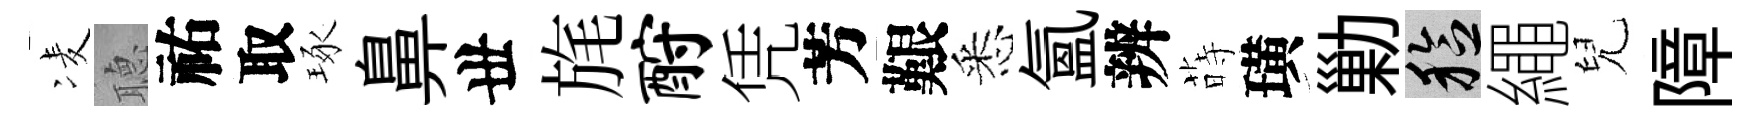
凌𦗟祐取琢鼻丗旄酹凭芳艱悉氳辨蒔璜勦稔繩兒障